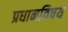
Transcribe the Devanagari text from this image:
प्रधानविषय